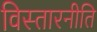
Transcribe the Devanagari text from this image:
विस्तारनीति